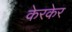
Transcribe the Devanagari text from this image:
केरकेर